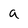
Character: a